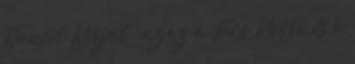
Daniil Kvyat – azaz a Toro Rosso és a